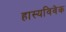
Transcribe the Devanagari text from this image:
हास्यविवेक